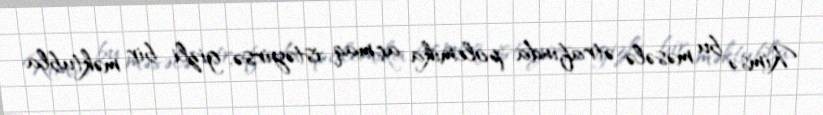
Kimsə bu məsələ ətrafında polemika açmaq istəyirsə, gizli bir məktubla